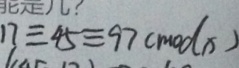
1 7 \equiv 4 5 \equiv 9 7 ( m o d x )